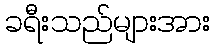
ခရီးသည်များအား